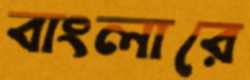
বাংলারে